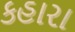
કહારા